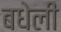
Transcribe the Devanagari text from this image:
बधेली